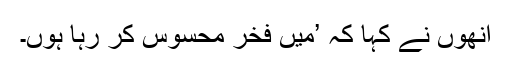
انھوں نے کہا کہ ’میں فخر محسوس کر رہا ہوں۔